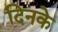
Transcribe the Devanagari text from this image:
दिनके